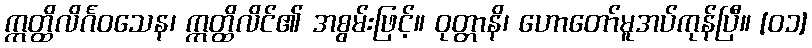
ဣတ္ထိလိင်္ဂဝသေန၊ ဣတ္ထိလိင်၏ အစွမ်းဖြင့်။ ဝုတ္တာနိ၊ ဟောတော်မူအပ်ကုန်ပြီ။ [၀၁]